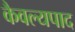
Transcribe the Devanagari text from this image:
कैवल्यपाद